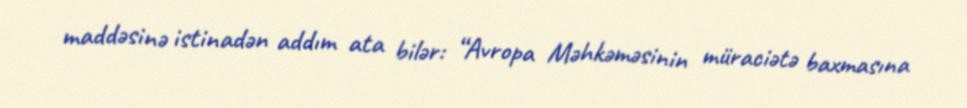
maddəsinə istinadən addım ata bilər: “Avropa Məhkəməsinin müraciətə baxmasına